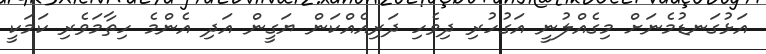
އަޅުގަނޑުމެނަށް މިގެއްލުނީ އަގުހުރި ދިވެހި ދަރިއެއްކަން ޔަގީން އަދި އެންމެ ހިތާމަވެރި ކަމަކީ